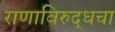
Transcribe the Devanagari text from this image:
राणाविरुद्धचा